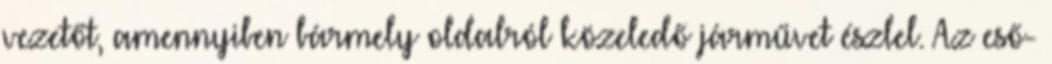
vezetőt, amennyiben bármely oldalról közeledő járművet észlel. Az eső-